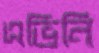
এভিনি